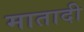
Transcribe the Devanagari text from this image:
मातादी